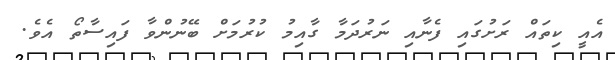
އެއީ ކިތައް ރަށުގައި ފެނާއި ނަރުދަމާ ގާއިމު ކުރުމަށް ބޭނުންވާ ފައިސާތޯ އެވެ.